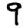
Digit: 9